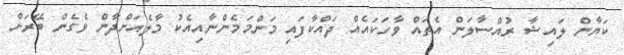
ކަޔާން ލައިޝާ ރުއްސާލަން އެތައް ވާހަކައެއް ދައްކާފައި މަންމަމެންނާއިއެކު މާލެއަށްދާން ވެގެން ބޭރަށް